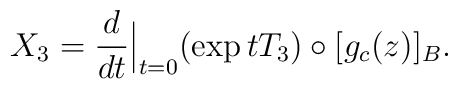
X_3=\frac{d}{dt}{\Big\vert}_{t=0}(\exp tT_3)\circ [g_c(z)]_B.